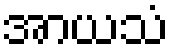
အာယသံ